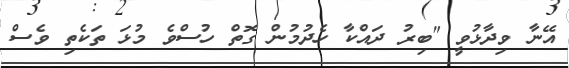
އޭނާ ވިދާޅުވީ "ބިރު ދައްކާ ހެދުމުން ގޮތް ހުސްވެ މުޅަ ތަކެތި ވެސް